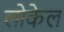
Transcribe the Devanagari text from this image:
लोकेल